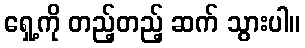
ရှေ့ကို တည့်တည့် ဆက် သွားပါ။